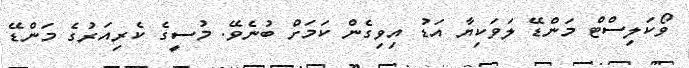
ވޯކަލިސްޓް މަންޑޭ ލަވަކިޔާ އަޑު އިވިގެން ކަމަށް ބުނެވޭ. މުސީގެ ކެރިއަރުގެ މަންޑޭ